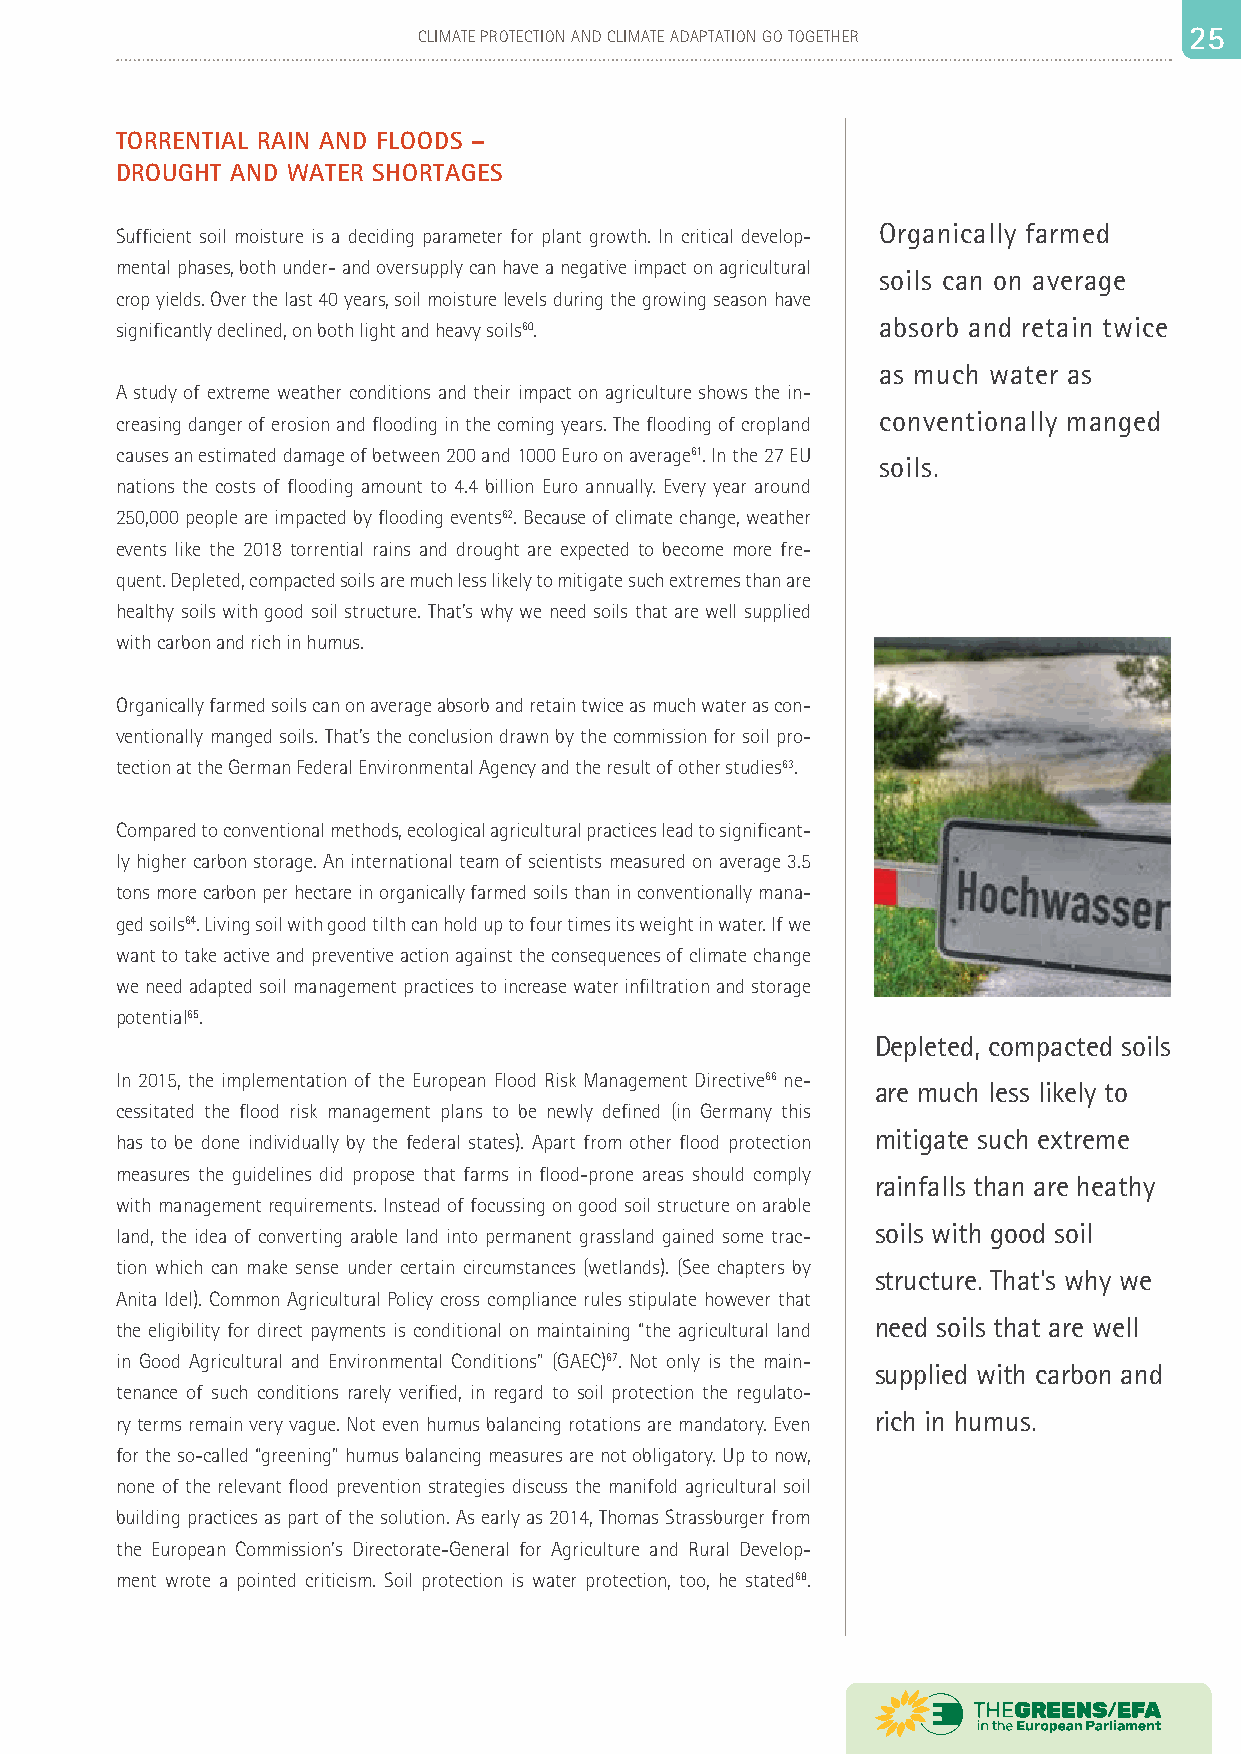
24                          CLIMATE PROTECTION AND CLIMATE ADAPTATION GO TOGETHER 22 55
 TORRENTIAL RAIN AND FLOODS –
 DROUGHT AND WATER SHORTAGES
 Organically farmed
 Sufficient soil moisture is a deciding parameter for plant growth. In critical develop-
 mental phases, both under- and oversupply can have a negative impact on agricultural
 soils can on average
 crop yields. Over the last 40 years, soil moisture levels during the growing season have
 significantly declined, on both light and heavy soils60. absorb and retain twice
 as much water as
 A study of extreme weather conditions and their impact on agriculture shows the in-
 conventionally manged
 creasing danger of erosion and flooding in the coming years. The flooding of cropland
 causes an estimated damage of between 200 and 1000 Euro on average61. In the 27 EU
 soils.
 nations the costs of flooding amount to 4.4 billion Euro annually. Every year around
 250,000 people are impacted by flooding events62. Because of climate change, weather
 events like the 2018 torrential rains and drought are expected to become more fre-
 quent. Depleted, compacted soils are much less likely to mitigate such extremes than are
 healthy soils with good soil structure. That’s why we need soils that are well supplied
 with carbon and rich in humus.
 Organically farmed soils can on average absorb and retain twice as much water as con-
 ventionally manged soils. That’s the conclusion drawn by the commission for soil pro-
 tection at the German Federal Environmental Agency and the result of other studies63.
 Compared to conventional methods, ecological agricultural practices lead to significant-
 ly higher carbon storage. An international team of scientists measured on average 3.5
 tons more carbon per hectare in organically farmed soils than in conventionally mana-
 ged soils64. Living soil with good tilth can hold up to four times its weight in water. If we
 want to take active and preventive action against the consequences of climate change
 we need adapted soil management practices to increase water infiltration and storage
 potential65.
 Depleted, compacted soils
 In 2015, the implementation of the European Flood Risk Management Directive66 ne-
 are much less likely to
 cessitated the flood risk management plans to be newly defined (in Germany this
 mitigate such extreme
 has to be done individually by the federal states). Apart from other flood protection
 measures the guidelines did propose that farms in flood-prone areas should comply
 rainfalls than are heathy
 with management requirements. Instead of focussing on good soil structure on arable
 soils with good soil
 land, the idea of converting arable land into permanent grassland gained some trac-
 tion which can make sense under certain circumstances (wetlands). (See chapters by
 structure. That’s why we
 Anita Idel). Common Agricultural Policy cross compliance rules stipulate however that
 need soils that are well
 the eligibility for direct payments is conditional on maintaining “the agricultural land
 in Good Agricultural and Environmental Conditions” (GAEC)67. Not only is the main-
 supplied with carbon and
 tenance of such conditions rarely verified, in regard to soil protection the regulato-
 rich in humus.
 ry terms remain very vague. Not even humus balancing rotations are mandatory. Even
 for the so-called “greening” humus balancing measures are not obligatory. Up to now,
 none of the relevant flood prevention strategies discuss the manifold agricultural soil
 building practices as part of the solution. As early as 2014, Thomas Strassburger from
 the European Commission's Directorate-General for Agriculture and Rural Develop-
 ment wrote a pointed criticism. Soil protection is water protection, too, he stated68.